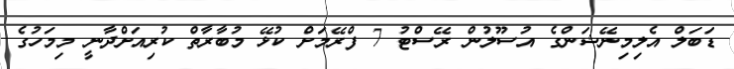
ޑަބަލް އެލިމިނޭޝަންގެ އުސޫލުން ރޭސްޓު 7 ފްރޭމަށް ކުޅޭ މުބާރާތް ކުރިއަށްދާނީ މިމަހުގެ